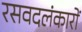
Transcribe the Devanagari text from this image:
रसवदलंकारों